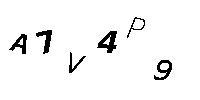
A7V4P9